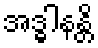
အဒ္ဓါနန္တိ